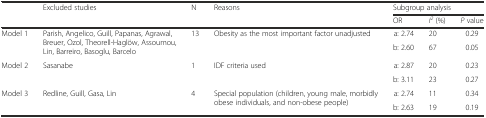
| <ROWSPAN=2>  | <ROWSPAN=2> Excluded studies | <ROWSPAN=2> N | <ROWSPAN=2> Reasons | <COLSPAN=3> Subgroup analysis |
 | OR | I2 (%) | P value |
 | --- | --- | --- | --- | --- | --- | --- |
 | <ROWSPAN=2> Model 1 | <ROWSPAN=2> Parish, Angelico, Guill, Papanas, Agrawal, Breuer, Ozol, Theorell-Haglöw, Assoumou, Lin, Barreiro, Basoglu, Barcelo | <ROWSPAN=2> 13 | <ROWSPAN=2> Obesity as the most important factor unadjusted | a: 2.74 | 20 | 0.29 |
 | b: 2.60 | 67 | 0.05 |
 | <ROWSPAN=2> Model 2 | <ROWSPAN=2> Sasanabe | <ROWSPAN=2> 1 | <ROWSPAN=2> IDF criteria used | a: 2.87 | 20 | 0.23 |
 | b: 3.11 | 23 | 0.27 |
 | <ROWSPAN=2> Model 3 | <ROWSPAN=2> Redline, Guill, Gasa, Lin | <ROWSPAN=2> 4 | <ROWSPAN=2> Special population (children, young male, morbidly obese individuals, and non-obese people) | a: 2.74 | 11 | 0.34 |
 | b: 2.63 | 19 | 0.19 |